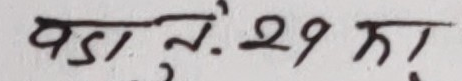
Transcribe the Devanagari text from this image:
बड़ा नं. २९ का